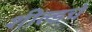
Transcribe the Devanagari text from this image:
शील्डचे